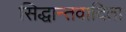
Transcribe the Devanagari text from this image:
सिद्धान्तवादिता